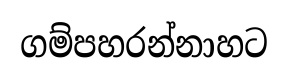
ගම්පහරන්නාහට